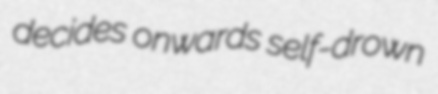
decides onwards self-drown